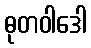
ဓုတဝါဒေါ